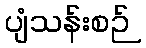
ပျံသန်းစဉ်